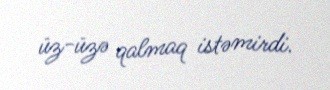
üz-üzə qalmaq istəmirdi.